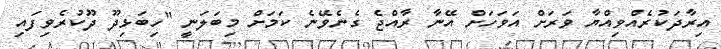
އިރާދަކުރެއްވިއްޔާ ވަރަށް އަވަހަށް އޭނާ ރާއްޖެ ގެނެވޭނެ ކަމަށް މިބަލަނީ "ހިބަޅިދޫ ދޫކުރެވިފައި